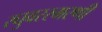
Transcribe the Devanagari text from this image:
रघुवरस्मरणी